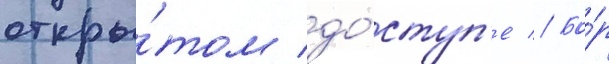
откры́том до́ступ'е // Бо́р